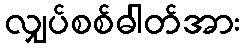
လျှပ်စစ်ဓါတ်အား